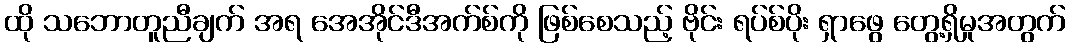
ထို သဘောတူညီချက် အရ အေအိုင်ဒီအက်စ်ကို ဖြစ်စေသည့် ဗိုင်း ရပ်စ်ပိုး ရှာဖွေ တွေ့ရှိမှုအတွက်